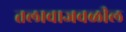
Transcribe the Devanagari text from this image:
तलावाजवळील